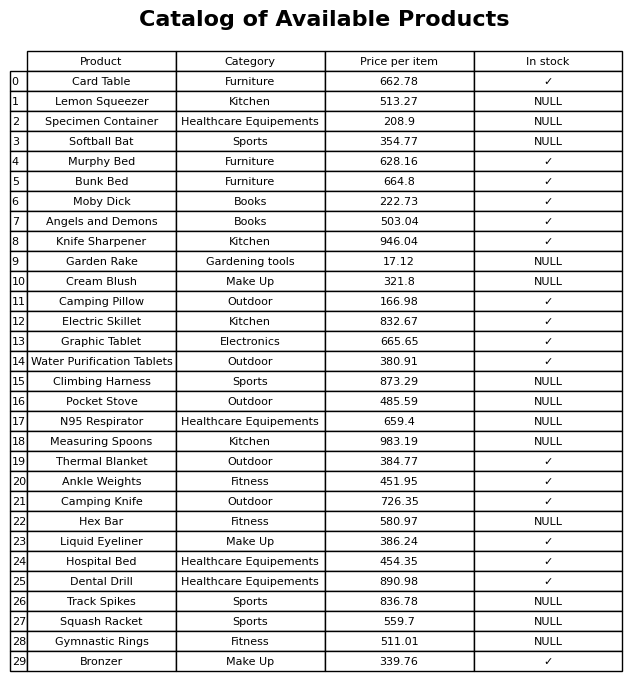
question: What is the price of the Climbing Harness?
answer: The price of Climbing Harness is 873.29.